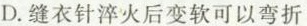
D.缝衣针淬火后变软可以弯折